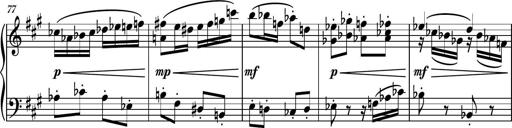
Title: Piano Sonatina No.6
Composer: Dimitri Sykias
Key: A major